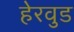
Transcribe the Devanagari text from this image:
हेरवुड